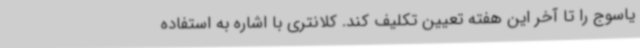
یاسوج را تا آخر این هفته تعیین تکلیف کند. کلانتری با اشاره به استفاده